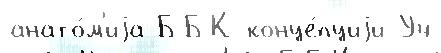
анато́м'иjа ББК конце́пциjи Уч